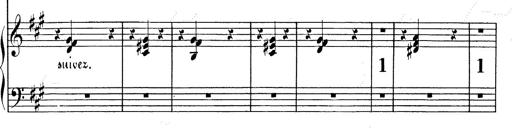
Title: Valse Impromptu
Composer: Emil von Sauer